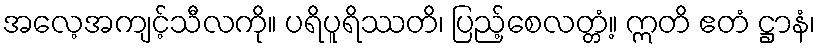
အလေ့အကျင့်သီလကို။ ပရိပူရိဿတိ၊ ပြည့်စေလတ္တံ့။ ဣတိ ဧတံ ဋ္ဌာနံ၊